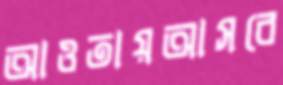
আওতায়আসবে